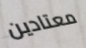
معتادين